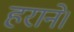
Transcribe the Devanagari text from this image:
हराने।